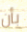
بأن